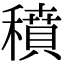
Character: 𥢊